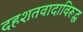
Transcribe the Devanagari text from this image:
दहशतवादाविरूद्ध